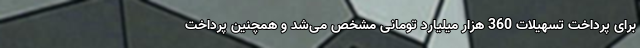
برای پرداخت تسهیلات 360 هزار میلیارد تومانی مشخص می‌شد و همچنین پرداخت